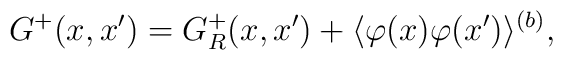
G^{+}(x,x')=G^{+}_{R}(x,x')+\langle \varphi (x)\varphi (x')\rangle ^{(b)},